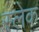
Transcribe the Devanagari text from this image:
स्लेक